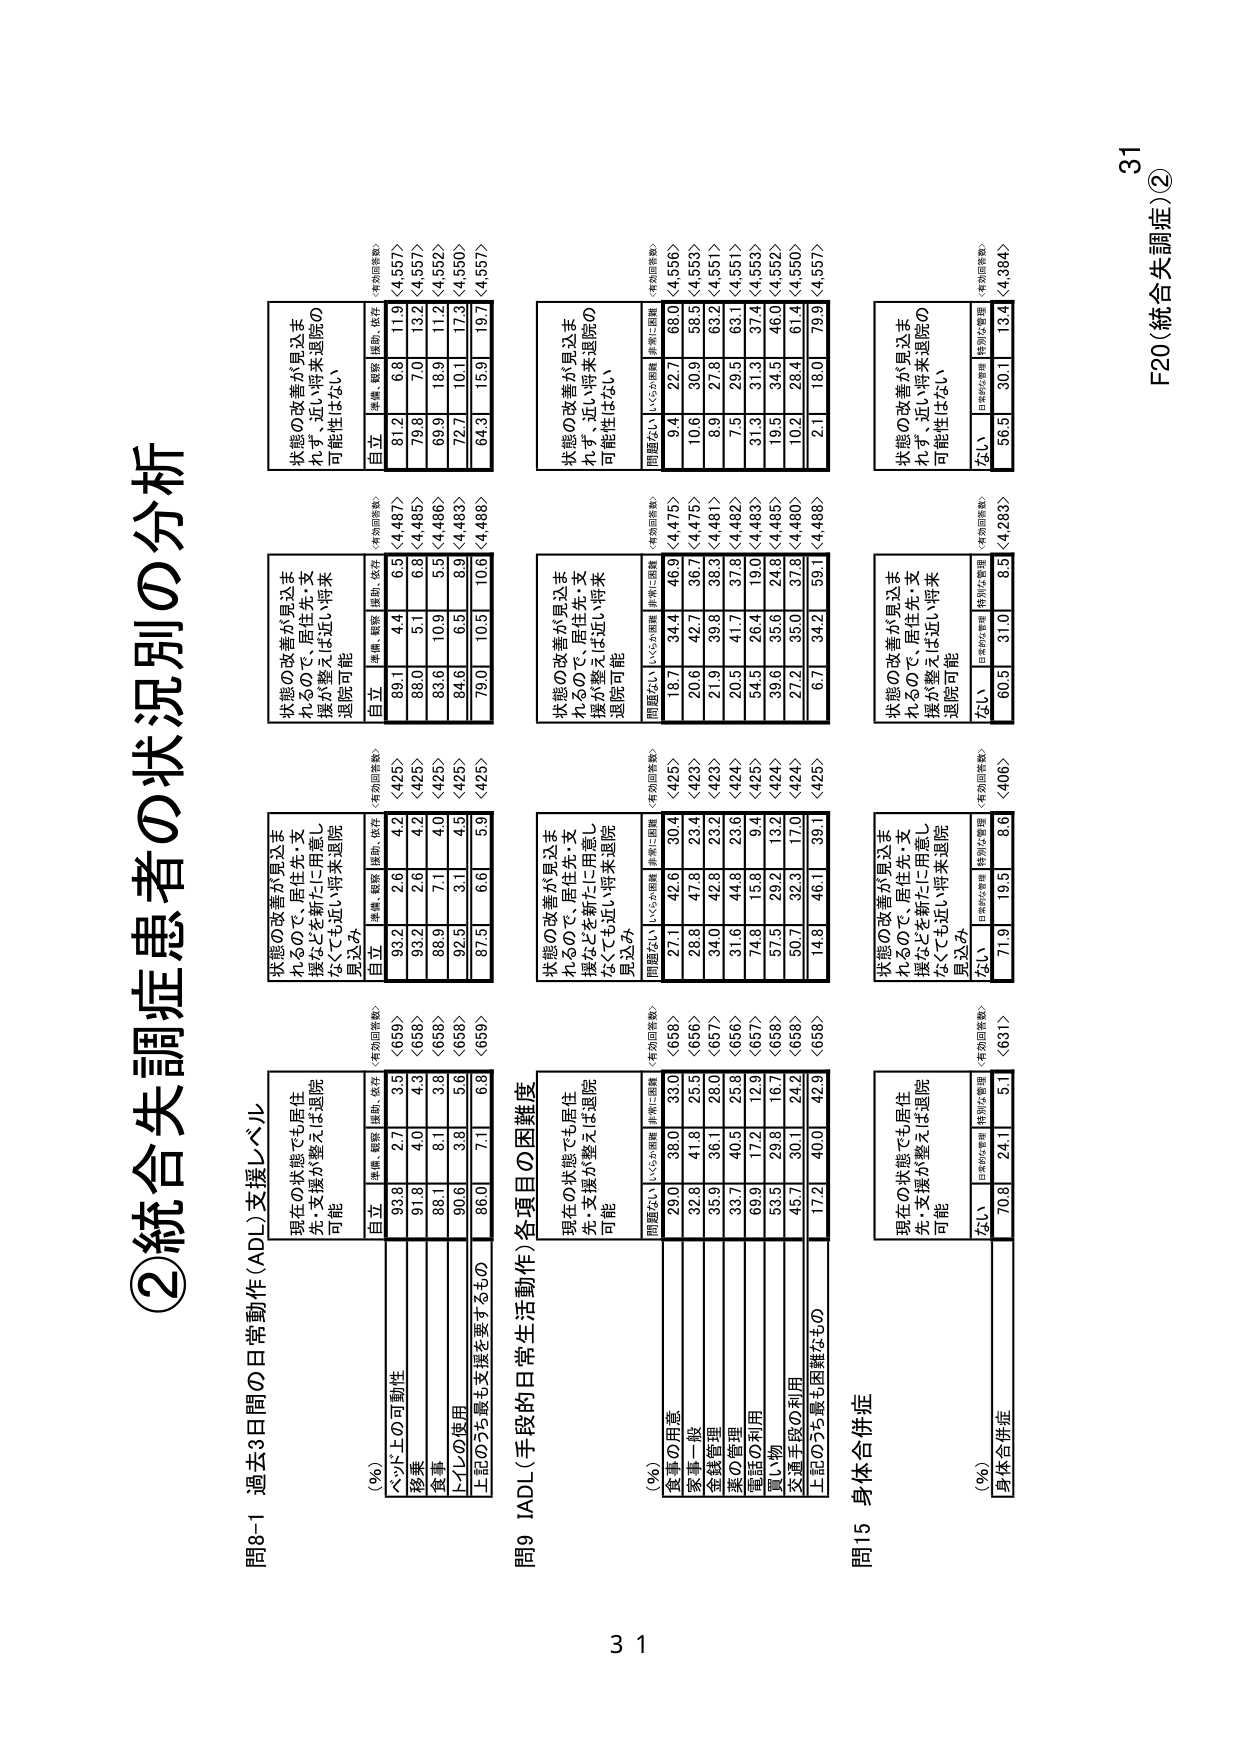
②統合失調症患者の状況別の分析

問8-1 過去3日間の日常動作（ADL）支援レベル

（％）（有効回答数）
現在の状態でも居住
先・支援が整えば退院
可能
自立 準備、軽度 援助、依存
ベッド上の可動性 93.8 2.7 3.5 <659>
移乗 91.8 4.0 4.3 <658>
食事 88.1 8.1 3.8 <658>
トイレの使用 90.6 3.8 5.6 <658>
上記のうち最も支援を要するもの 86.0 7.1 6.8 <659>

状態の改善が見込まれるので、居住先・支援が整えば近い将来退院可能
自立 準備、軽度 援助、依存（有効回答数）
99.1 4.4 6.5 <4,487>
86.0 5.1 6.8 <4,485>
83.6 10.9 5.5 <4,486>
84.6 6.5 8.9 <4,483>
79.0 10.5 10.6 <4,488>

状態の改善が見込まれるので、居住先・支援が整えば近い将来退院可能性はなし
自立 準備、軽度 援助、依存（有効回答数）
81.2 6.8 11.9 <4,557>
79.8 7.0 13.2 <4,557>
69.9 18.9 11.2 <4,552>
72.7 10.1 17.3 <4,550>
64.3 15.9 19.7 <4,557>

問9 IADL（手段的日常生活動作）各項目の困難度

（％）（有効回答数）
現在の状態でも居住
先・支援が整えば退院
可能
問題ない 小心な準備 事前に準備
食事の用意 29.0 36.0 33.0 <658>
家事一般 32.8 41.8 25.5 <656>
金銭管理 35.9 36.1 28.0 <657>
薬の管理 33.7 40.5 25.8 <656>
電話の利用 69.9 17.2 12.9 <657>
買い物 53.5 29.8 16.7 <658>
交通手段の利用 45.7 30.1 24.2 <658>
上記のうち最も困難なもの 17.2 40.0 42.9 <658>

状態の改善が見込まれるので、居住先・支援などを新たに用意しなくても近い将来退院見込み
問題ない 小心な準備 事前に準備（有効回答数）
18.7 34.4 46.9 <4,475>
20.6 42.7 36.7 <4,475>
21.9 39.8 38.3 <4,481>
20.3 41.7 37.8 <4,482>
54.5 26.4 19.0 <4,483>
39.6 35.6 24.8 <4,485>
21.2 35.0 37.8 <4,480>
6.7 34.2 59.1 <4,488>

状態の改善が見込まれるので、居住先・支援などを新たに用意しなくても近い将来退院可能性はなし
問題ない 小心な準備 事前に準備（有効回答数）
9.4 22.7 68.0 <4,556>
10.6 30.9 58.5 <4,553>
8.9 27.8 63.2 <4,551>
7.5 29.5 63.1 <4,551>
31.3 31.3 37.4 <4,553>
19.5 34.5 46.0 <4,552>
10.2 28.4 61.4 <4,550>
2.1 18.0 79.9 <4,557>

問15 身体合併症

（％）（有効回答数）
現在の状態でも居住
先・支援が整えば退院
可能
ない 日常的な管理 特別な管理
身体合併症 70.8 24.1 5.1 <631>

状態の改善が見込まれるので、居住先・支援などを新たに用意しなくても近い将来退院見込み
ない 日常的な管理 特別な管理（有効回答数）
71.9 19.5 8.6 <406>

状態の改善が見込まれるので、居住先・支援などを新たに用意しなくても近い将来退院可能性はなし
ない 日常的な管理 特別な管理（有効回答数）
56.5 30.1 13.4 <4,384>

F20（統合失調症）②
31